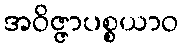
အဝိဇ္ဇာပစ္စယာဝ